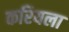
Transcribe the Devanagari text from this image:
करियला